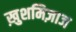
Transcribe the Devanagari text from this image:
ख़ुशमिज़ाज